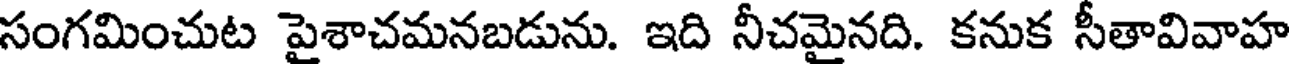
సంగమించుట పైశాచమనబడును. ఇది నీచమైనది. కనుక సీతావివాహ